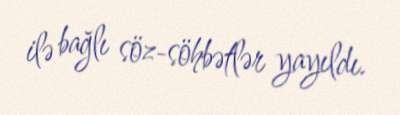
ilə bağlı söz-söhbətlər yayıldı.